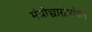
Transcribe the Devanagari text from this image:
मंत्रोच्चारांसोबत